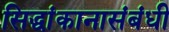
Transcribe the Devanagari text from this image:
सिद्धांकानासंबंधी